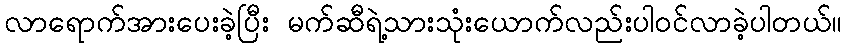
လာရောက်အားပေးခဲ့ပြီး မက်ဆီရဲ့သားသုံးယောက်လည်းပါဝင်လာခဲ့ပါတယ်။